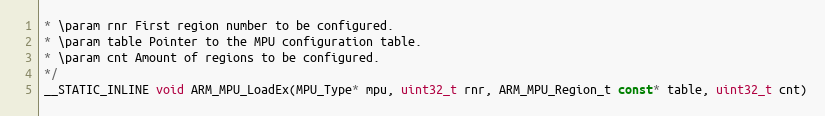
Language: C
* \param rnr First region number to be configured.
* \param table Pointer to the MPU configuration table.
* \param cnt Amount of regions to be configured.
*/
__STATIC_INLINE void ARM_MPU_LoadEx(MPU_Type* mpu, uint32_t rnr, ARM_MPU_Region_t const* table, uint32_t cnt)